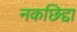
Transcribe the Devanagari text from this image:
नकछिद्दा